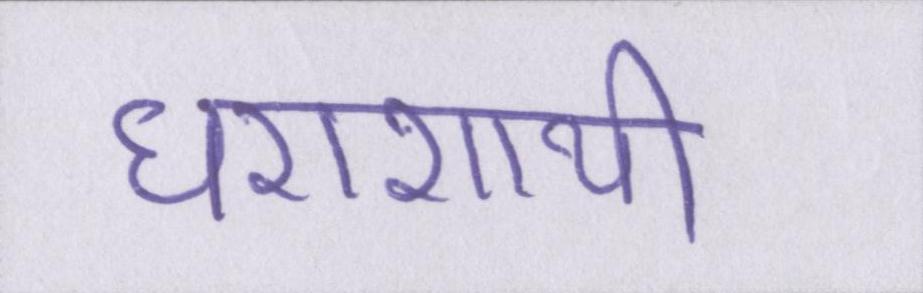
धराशायी